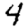
Digit: 4